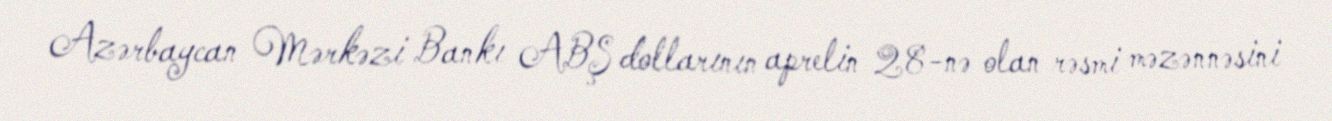
Azərbaycan Mərkəzi Bankı ABŞ dollarının aprelin 28-nə olan rəsmi məzənnəsini